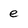
Character: e